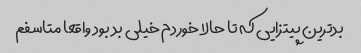
بد‌ترین پیتزایی که تا حالا خوردم خیلی بد بود واقعا متاسفم